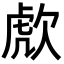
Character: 𣣍